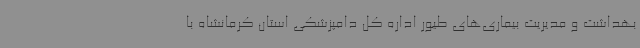
بهداشت و مدیریت بیماری‌های طیور اداره کل دامپزشکی استان کرمانشاه با